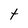
Character: t